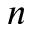
n